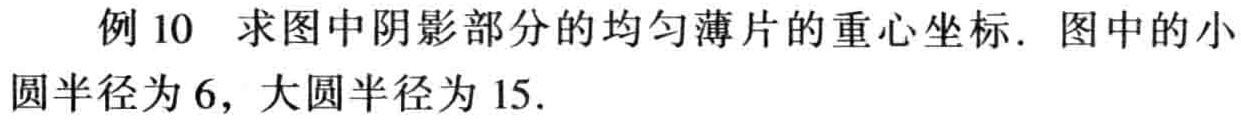
例 10 求图中阴影部分的均匀薄片的重心坐标. 图中的小

圆半径为 6, 大圆半径为 15.